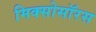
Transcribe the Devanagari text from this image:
मिक्सोसॉरस